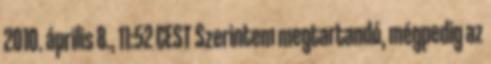
2010. április 8., 11:52 CEST Szerintem megtartandó, mégpedig az